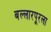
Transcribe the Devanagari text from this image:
बल्लारपूरला